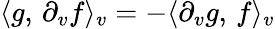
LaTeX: \langle g,\, \partial_{v}f\rangle_{v}=-\langle\partial_{v}g,\, f\rangle_{v}